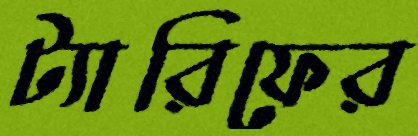
ট্যারিফের